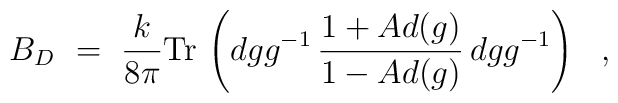
B_D\ = \ \frac{k}{8\pi} {\rm Tr} \, \left( dgg^{-1} \, \frac{1+Ad(g)}{1-Ad(g)} \, dg g^{-1} \right)\ \ ,